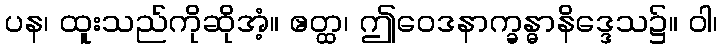
ပန၊ ထူးသည်ကိုဆိုအံ့။ ဧတ္ထ၊ ဤဝေဒနာက္ခန္ဓာနိဒ္ဒေသ၌။ ဝါ၊